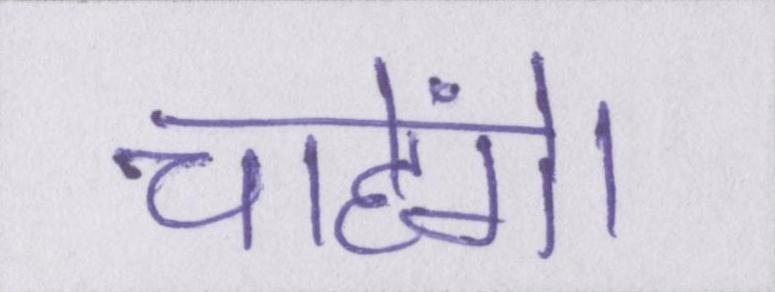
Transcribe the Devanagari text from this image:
चाहेंगे।